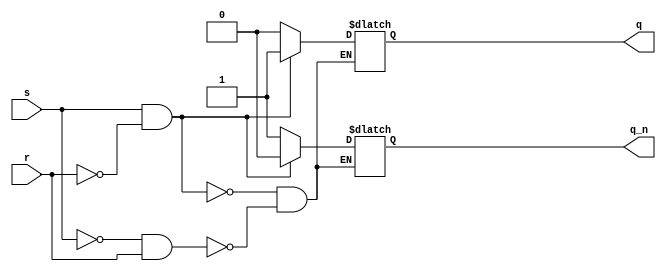
module sr_latch (
  input wire s,       // Set input
  input wire r,       // Reset input
  output reg q,       // Q output
  output reg q_n      // Q' output
);

  always @(s or r) begin
    if (s && ~r) begin
      // Set condition
      q <= 1'b1;
      q_n <= 1'b0;
    end else if (~s && r) begin
      // Reset condition
      q <= 1'b0;
      q_n <= 1'b1;
    end else begin
      // Hold state
      q <= q;
      q_n <= q_n;
    end
  end

endmodule